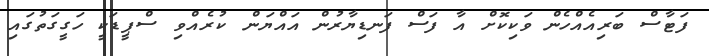
ފަޓާސް ބަރިއެއްހެން ވަކިކޮށް އާ ފަސް ފަނޑިޔާރުން އައްޔަން ކުރެއްވި ސްޕީޑަކީ ހަގީގަތުގައި